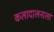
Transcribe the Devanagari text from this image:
कलादालनाला